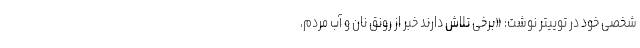
شخصی خود در توییتر نوشت: «برخی تلاش دارند خبر از رونق نان و آب مردم،